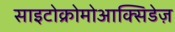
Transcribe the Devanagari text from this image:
साइटोक्रोमोआक्सिडेज़